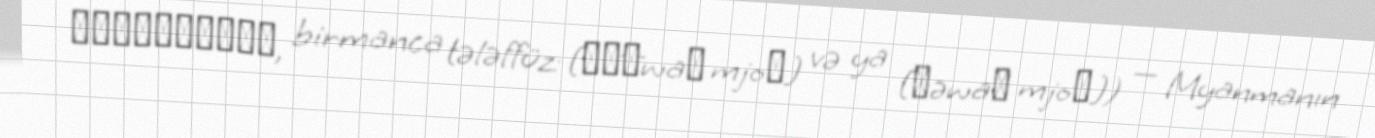
အင်းဝမြို့, birmanca tələffüz: [ʔɪ́ɰ̃wa̰ mjo̰] və ya [ʔəwa̰ mjo̰]) — Myanmanın